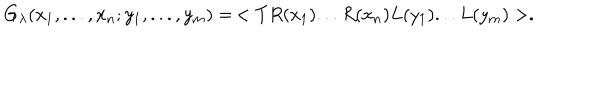
G _ { \lambda } ( x _ { 1 } , . . . , x _ { n } ; y _ { 1 } , . . . , y _ { m } ) = \, < T R ( x _ { 1 } ) . . . R ( x _ { n } ) L ( y _ { 1 } ) . . . L ( y _ { m } ) > .